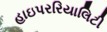
હાઇપરરિયાલિટી